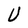
Character: U